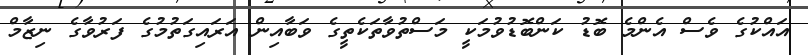
އައްކުގެ ވެސް އެންމެ ބޮޑު ކަންބޮޑުވުމަކީ މަސްތުވާތަކެތީގެ ވަބާއިން އަރައިގަތުމުގެ ފަރުވާގެ ނިޒާމް